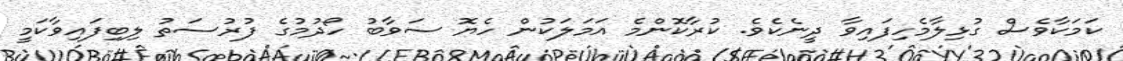
ކަމަކާވެސް ގުޅިލާމެހިފައިވާ ދީނެކެވެ. ކުރާކޮންމެ އަމަލަކުން ހެޔޮ ސަވާބު ހޯދުމުގެ ފުރުސަތު ލިބިފައިވާކަމީ